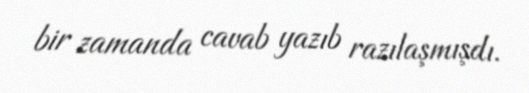
bir zamanda cavab yazıb razılaşmışdı.